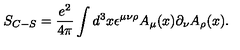
S _ { C - S } = \frac { e ^ { 2 } } { 4 \pi } \int d ^ { 3 } x \epsilon ^ { \mu \nu \rho } A _ { \mu } ( x ) \partial _ { \nu } A _ { \rho } ( x ) .